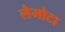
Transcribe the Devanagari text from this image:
लैमोटा